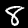
Label: 8